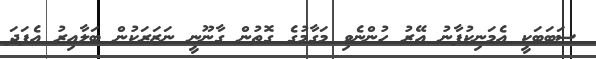
ސަބަބަކީ އެމަނިކުފާނު އޭރު ހުންނެވި މަގާމުގެ ގޮތުން ގާނޫނީ ނަޒަރަކުން ބަލާއިރު އެފަދަ